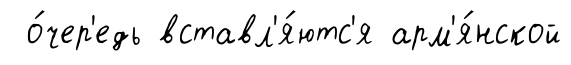
о́чер'едь вставл'я́ютс'я арм'я́нской